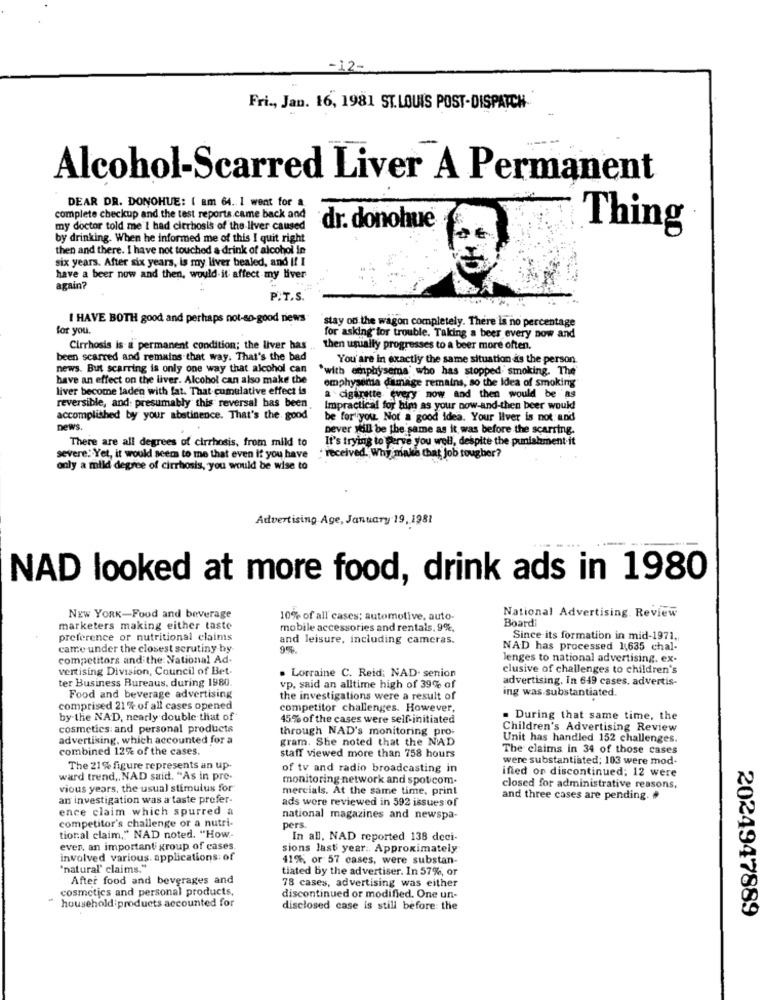
12-
Fri ., Jan. 16, 1981 ST.LOUIS POST-DISPATCH
Alcohol-Scarred Liver A Permanent
DEAR DR. DONOHUE: I am 64. I went for a
complete checkup and the test reports.came back and
my doctor told me I had cirrhosis of the liver caused
dr. donohue
Thing
by drinking. When he informed me of this I quit right
then and there. I have not touched a drink of alcohol in
six years. After six years, is my liver bealed, and I! I
have a beer now and then, would it affect my liver
again?
P.T.S.
I HAVE BOTH good and perhaps not-so-good news
for you.
stay on the wagon completely. There is no percentage
for asking for trouble. Taking a beer every now and
Cirrhosis is- a permanent condition; the liver has
then usually progresses to a beer more often.
been scarred and remains that way. That's the bad
You'are in exactly the same situation as the person.
news. But scarring is only one way that alcohol can
"with emphysema" who has stopped. smoking. The"
have an effect on the liver. Alcohol can also make the
emphysema damage remains, so the Idea of smoking
liver become laden with fat. That cumulative effect is
a cigarette every now and then would be as
reversible, and: presumably this reversal has been
Impractical for him as your now-and-then beer would
accomplished by your abstinence. That's the good
be for you. Not a good idea. Your liver is not and
news.
Dever will be the same as it was before the scarring.
There are all degrees of cirrhosis, from mild to
It's trying to perve you well, despite the punishment it
. received. Why make that Job tougher?
severe; Yet, it would seem to me that even if you have
only a mild degree of cirrhosis, you would be wise to
Advertising Age, January 19, 1981
NAD looked at more food, drink ads in 1980
NEW YORK-Food and beverage
10% of all cases; automotive, auto-
National Advertising. Review
Boardi
marketers making either taste
mobile accessories and rentals, 9%,
preference or nutritional claims
and leisure, including cameras.
Since its formation in mid-1971 ..
came under the closest scrutiny by
NAD has processed 1635 chal-
competitors and the National Ad-
lenges to national advertising. ex-
vertising Division, Council of Bet-
clusive of challenges to children's
ter Business Bureaus, during 1980
. Lorraine C. Reid; NAD. senion
advertising. In 649 cases, advertis-
vp, said an alltime high of 39% of
ing was substantiated.
Food and beverage advertising
the investigations were a result of
comprised 21 % of all cases opened
competitor challenges. However,
by the NAD, nearly double that of
45% of the cases were self-initiated
. During that same time, the
cosmetics: and personal products
through NAD's monitoring pro;
Children's Advertising Review
advertising, which accounted for a
gram. She noted that the NAD
Unit has handled 152 challenges.
combined 12% of the cases.
The claims in 34 of those cases
staff viewed more than 758 hours
were substantiated; 103 were mod-
The 21% figure represents an up-
of tv and radio broadcasting in
ward trend ,, NAD said. "As in pre-
monitoring network and spoticom-
ified or discontinued; 12 were
vious years, the usual stimulus for
mercials. At the same time, print
closed for administrative reasons,
an investigation was a taste prefer-
ads wore reviewed in 592 issues of
and three cases are pending. #
ence claim which spurred a
competitor's challenge or a nutri-
national magazines and newspa-
pers.
tioral claim," NAD noted. "How.
In all, NAD reported 138 deci-
ever, an important group of cases
sions last year :. Approximately
involved various. applications: of
41%, or 57 cases, were substan-
'natural' claims."
tiated by the advertiser. In 57%, or
After food and beverages and
78 cases, advertising was either
cosmetics and personal products,
-
household:products accounted for
discontinued or modified. One un-
disclosed case is still before: the
2024947889